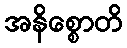
အနိစ္စောတိ